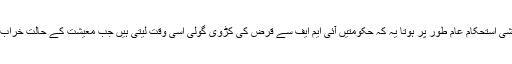
معاشی استحکام عام طور پر ہوتا یہ کہ حکومتیں آئی ایم ایف سے قرض کی کڑوی گولی اسی وقت لیتی ہیں جب معیشت کے حالت خراب ہو۔